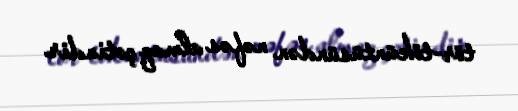
tör-töküntüsündən nəfəs almaq çətindir.